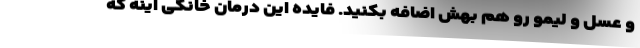
و عسل و لیمو رو هم بهش اضافه بکنید. فایده این درمان خانگی اینه که